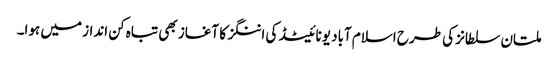
ملتان سلطانز کی طرح اسلام آباد یونائیٹڈ کی اننگز کا آغاز بھی تباہ کن انداز میں ہوا۔